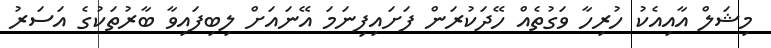
މިޝަލް އާއިއެކު ހުރިހާ ވަގުތެއް ހޭދަކުރަން ފަށައިފިނަމަ އޭނައަށް ލިބިފައިވާ ބާރުތަކުގެ އަސަރު